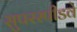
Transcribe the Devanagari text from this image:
सुपरस्पीडवे